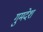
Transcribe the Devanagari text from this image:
गुमदेश